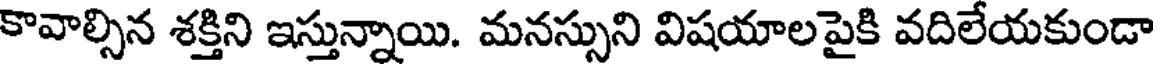
కావాల్సిన శక్తిని ఇస్తున్నాయి. మనస్సుని విషయాలపైకి వదిలేయకుండా